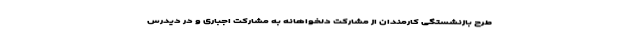
طرح بازنشستگی کارمندان از مشارکت دلخواهانه به مشارکت اجباری و در دیدرس